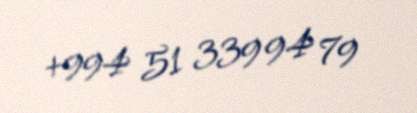
+994 51 339 94 79